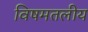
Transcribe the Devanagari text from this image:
विषमतलीय